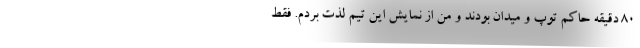
۸۰ دقیقه حاکم توپ و میدان بودند و من از نمایش این تیم لذت بردم. فقط